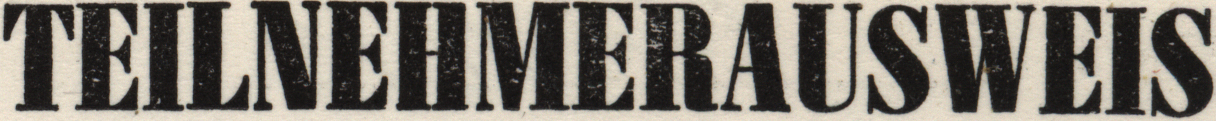
TEILNEHMERAUSWEIS